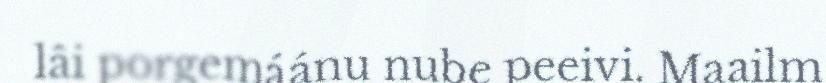
lâi porgemáánu nube peeivi. Maailm